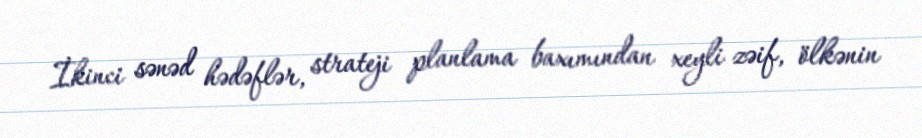
İkinci sənəd hədəflər, strateji planlama baxımından xeyli zəif, ölkənin